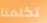
تكلمنا